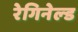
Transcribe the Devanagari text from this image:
रेगिनेल्‍ड